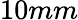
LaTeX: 10mm